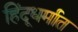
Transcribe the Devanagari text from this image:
हिंदूधर्मात